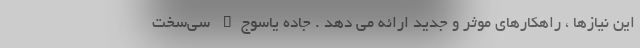
این نیازها ، راهکارهای موثر و جدید ارائه می دهد . جاده یاسوج_ سی‌سخت